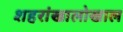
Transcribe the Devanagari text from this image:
शहरांखालोखाल